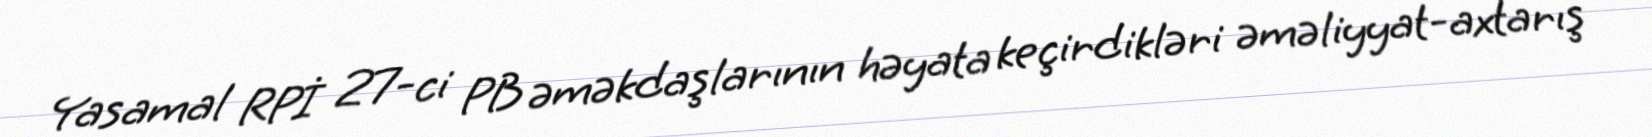
Yasamal RPİ 27-ci PB əməkdaşlarının həyata keçirdikləri əməliyyat-axtarış